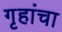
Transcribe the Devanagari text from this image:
गृहांचा